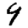
Digit: 4